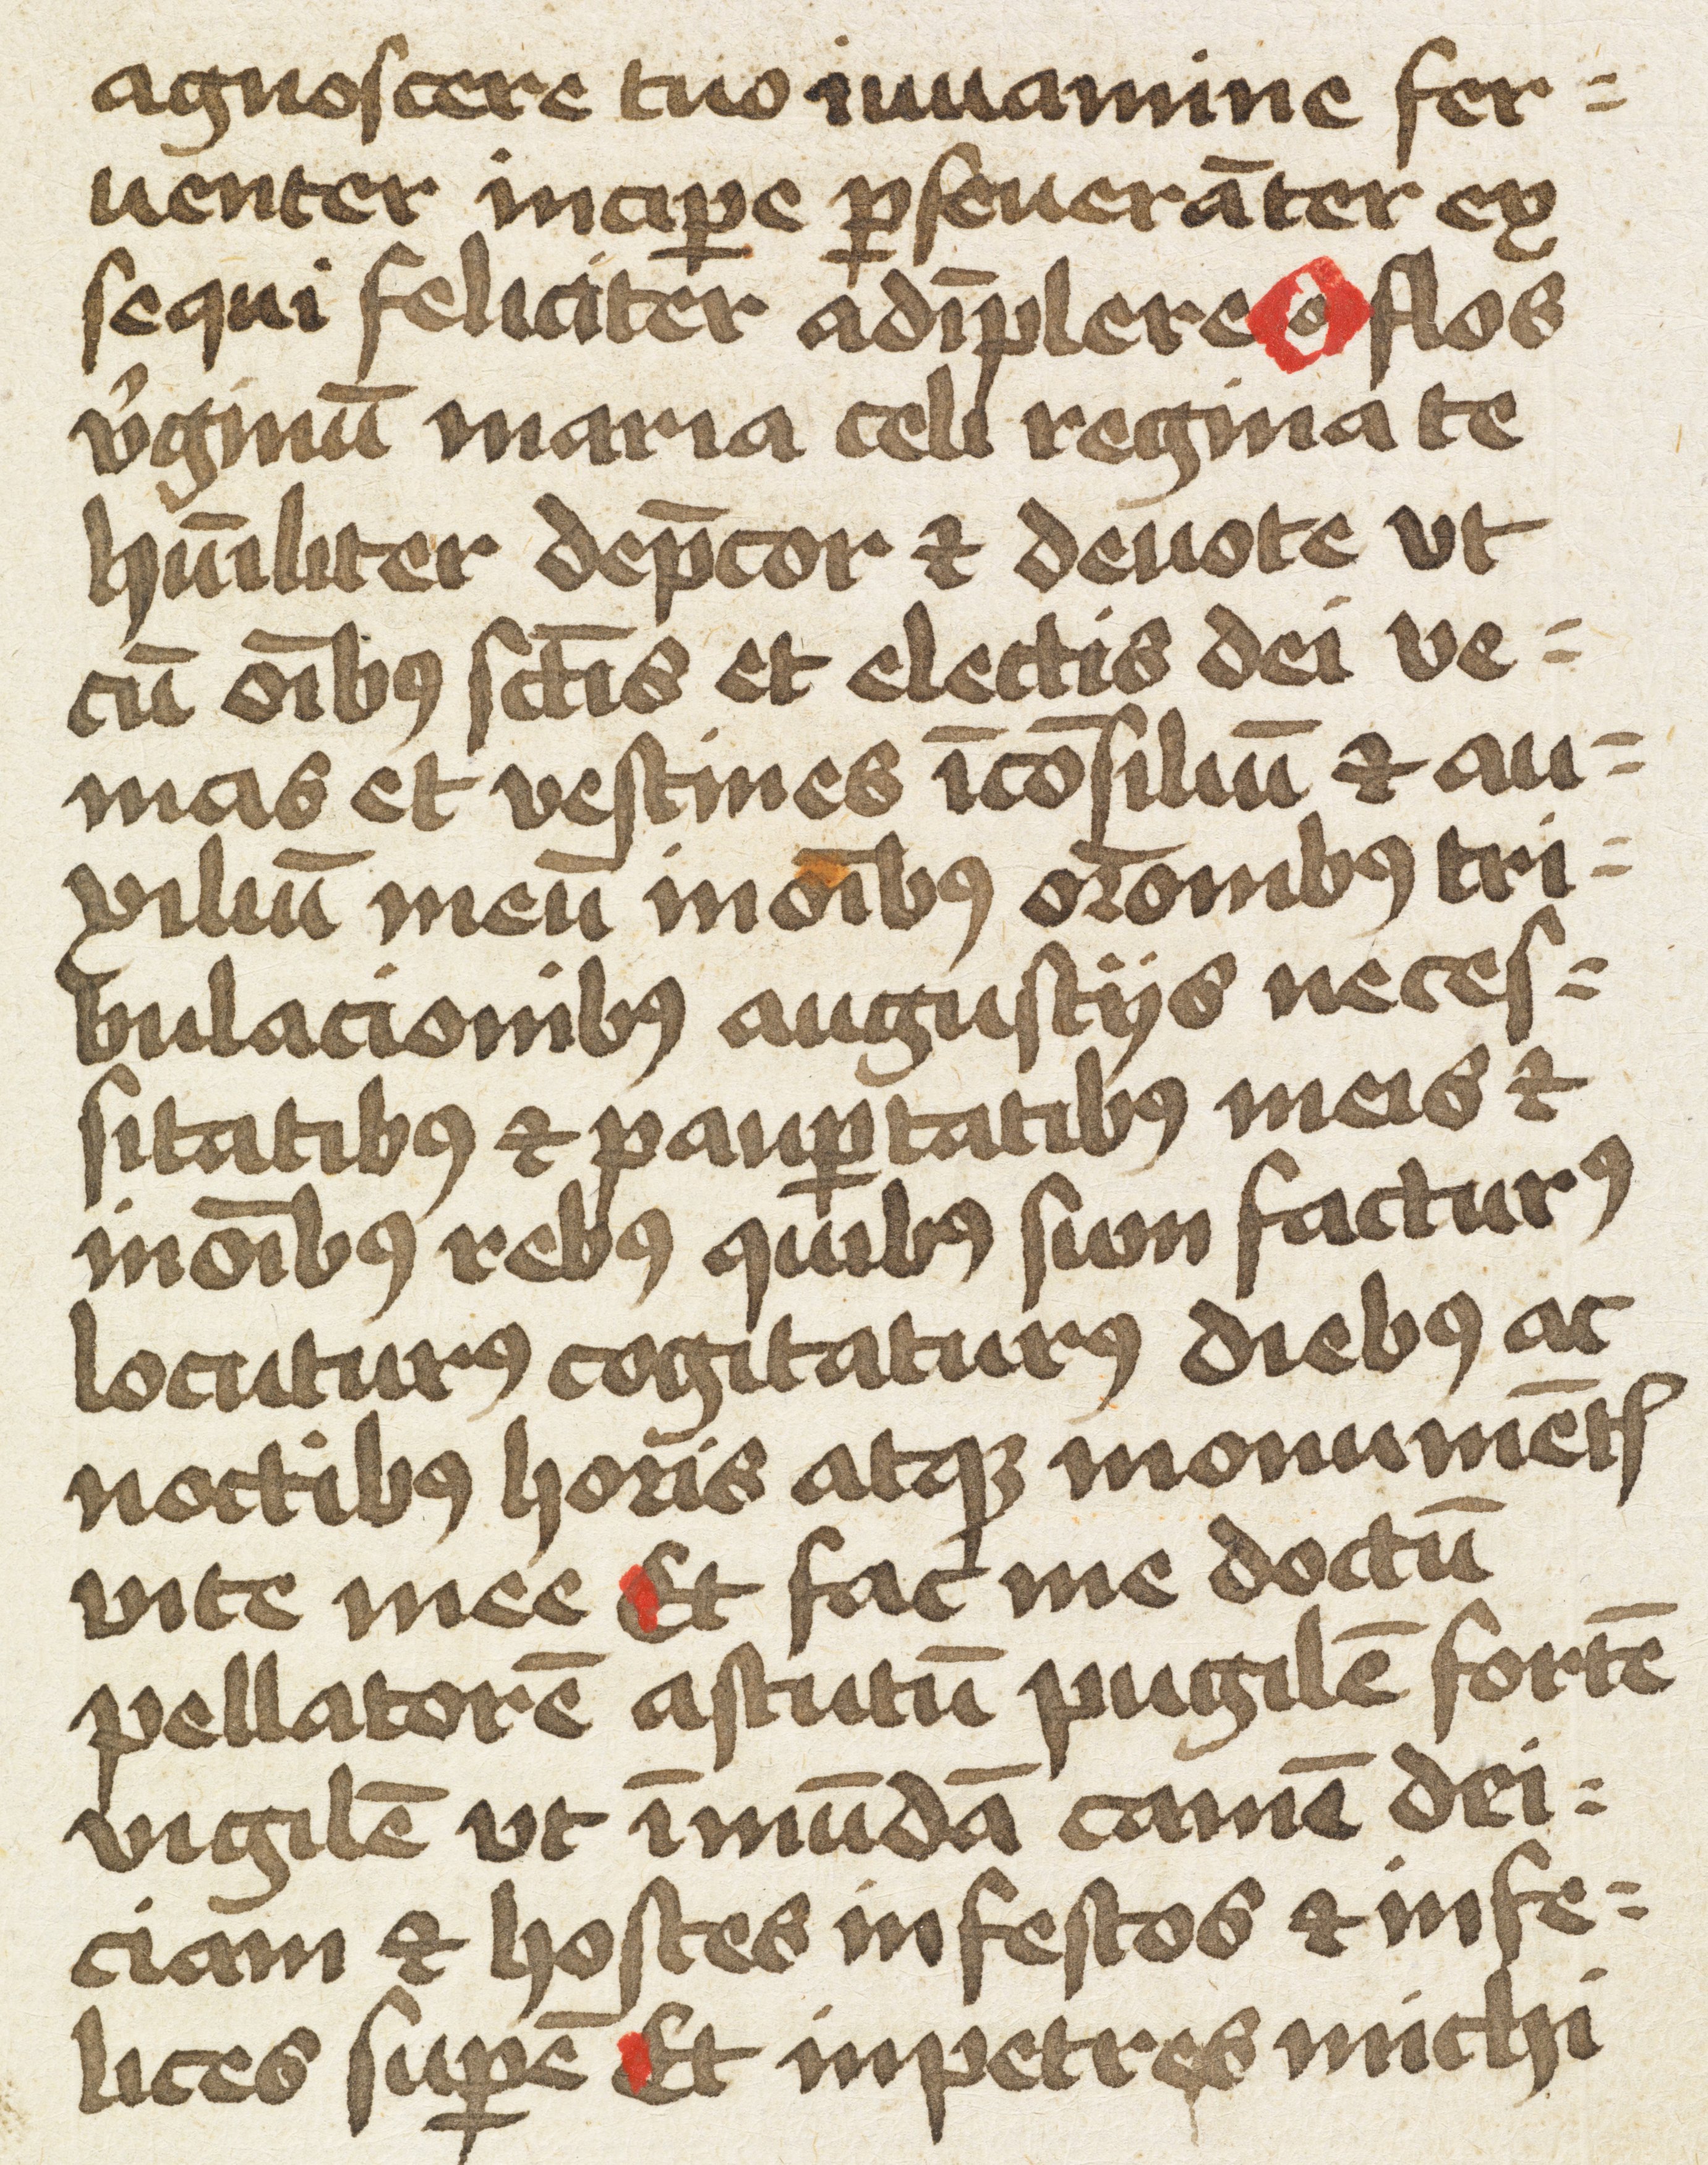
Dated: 1450–1499